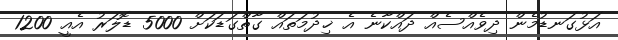
އަޅުގަނޑުމެން ދިވެއްސެއް ދައްކާނެ އެ ޚިދުމަތައް ގާތްގަޑަކަށް 5000 ޑޮލަރު އެއީ 1200